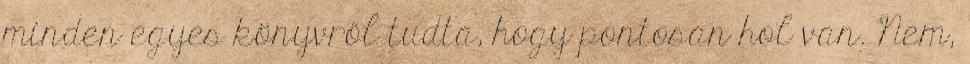
minden egyes könyvről tudta, hogy pontosan hol van. Nem,